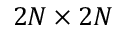
2 N \times 2 N